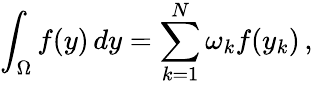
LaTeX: \int_{\Omega}f(y)\, dy=\sum_{k=1}^{N}\omega_{k}f(y_{k})\, ,